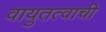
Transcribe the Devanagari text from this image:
वायुतत्वाची